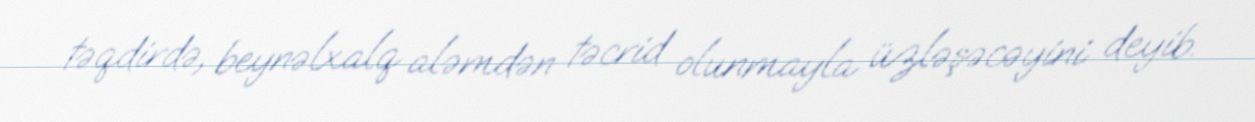
təqdirdə, beynəlxalq aləmdən təcrid olunmayla üzləşəcəyini deyib.